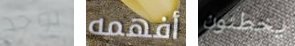
يوجد أفهمه يخطئون